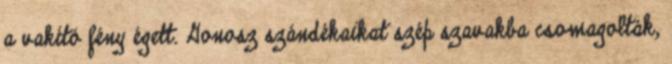
a vakító fény égett. Gonosz szándékaikat szép szavakba csomagolták,